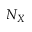
N _ { X }